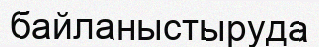
байланыстыруда